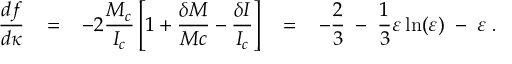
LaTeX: \frac { d f } { d \kappa } \; \; \; = \; \; \; - 2 \frac { M _ { c } } { I _ { c } } \left[ 1 + \frac { \delta M } { M c } - \frac { \delta I } { I _ { c } } \right] \; \; \; = \; \; \; - \frac { 2 } { 3 } \; - \; \frac { 1 } { 3 } \varepsilon \ln ( \varepsilon ) \; - \; \varepsilon \; .